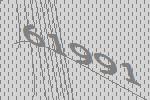
61991